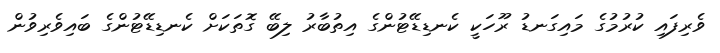
ވެރިފައި ކުރުމުގެ މައިގަނޑު ރޫހަކީ ކެނޑިޑޭޓުންގެ އިތުބާރު ލިބޭ ގޮތަކަށް ކެނޑިޑޭޓުންގެ ބައިވެރިވުން